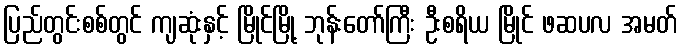
ပြည်တွင်းစစ်တွင် ကျဆုံးနှင့် မြိုင်မြို့ ဘုန်းတော်ကြီး ဦးစရိယ မြိုင် ဖဆပလ အမတ်